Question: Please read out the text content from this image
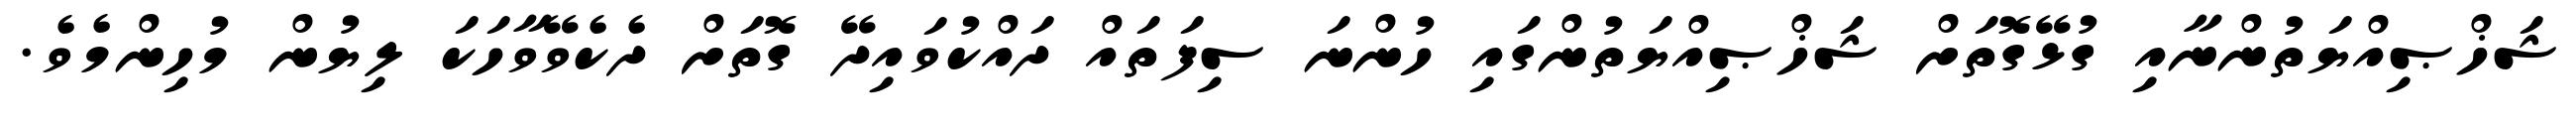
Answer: ޝަޚްޞިއްޔަތުންނާއި ގުޅޭގޮތަށް ޝަޚްޞިއްޔަތުންގައި ހުންނަ ސިފަތައް ދައްކުވައިދޭ ގޮތަށް ދެކެވޭވާހަކަ ލިޔުން މުހިންމެވެ.